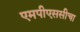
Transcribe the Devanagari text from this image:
एमपीएससीचा